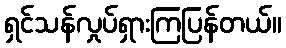
ရှင်သန်လှုပ်ရှားကြပြန်တယ်။